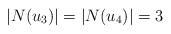
LaTeX: \begin{align*}|N(u_3)|=|N(u_4)|=3\end{align*}